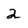
Character: 2